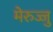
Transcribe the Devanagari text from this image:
मेरुज्जु